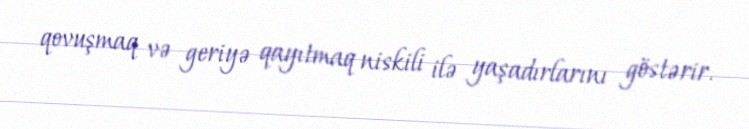
qovuşmaq və geriyə qayıtmaq niskili ilə yaşadırlarını göstərir.